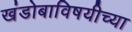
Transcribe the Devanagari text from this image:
खंडोबाविषयीच्या